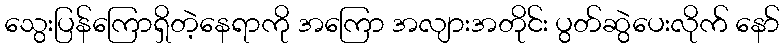
သွေးပြန်ကြောရှိတဲ့နေရာကို အကြော အလျားအတိုင်း ပွတ်ဆွဲပေးလိုက် နော်